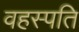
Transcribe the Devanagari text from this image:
वहस्पति